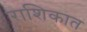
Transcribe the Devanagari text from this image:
राशिकात